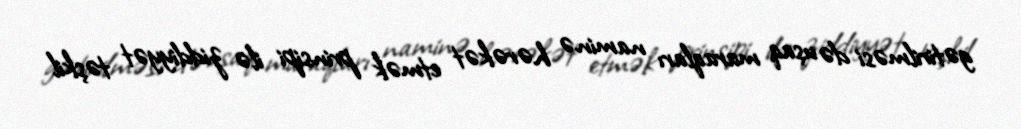
gətirilməsi də uşaq maraqları naminə hərəkət etmək prinsipi ilə ziddiyyət təşkil